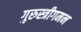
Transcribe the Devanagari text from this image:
गुरुस्त्रीगमन